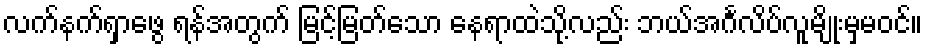
လက်နက်ရှာဖွေ ရန်အတွက် မြင့်မြတ်သော နေရာထဲသို့လည်း ဘယ်အင်္ဂလိပ်လူမျိုးမှမဝင်။